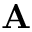
\mathbf { A }